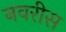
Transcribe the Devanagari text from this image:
नवरीस